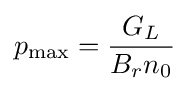
p_{\max }={\frac {G_{L}}{B_{r}n_{0}}}